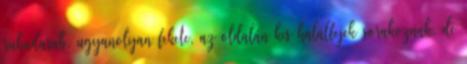
ruhadarab. ugyanolyan fekete, az oldalán kis halálfejek sorakoznak, de